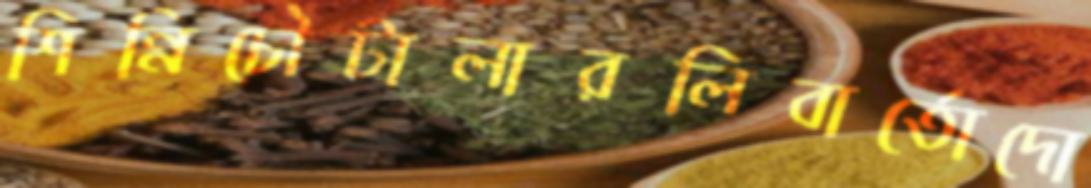
শিন্নিচৌটালারলিবার্তোদো